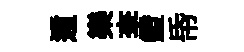
遁樂李鐙帋